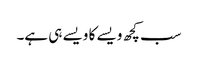
سب کچھ ویسے کا ویسے ہی ہے۔